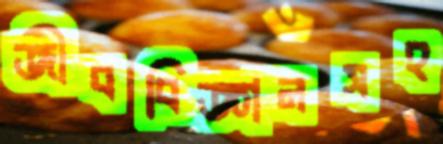
জীববিজ্ঞানসহ